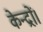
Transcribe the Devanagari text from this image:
केन्द्रों।